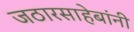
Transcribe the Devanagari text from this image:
जठारसाहेबांनी